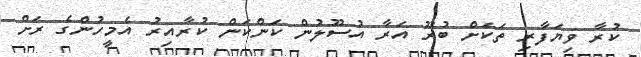
ކުރާ ވިޔަފާރި ތަކަށް ބުރޫ އަރާ އުސޫލުން ކަންކަން ކުރާއިރު އެމީހުންގެ ރަށް